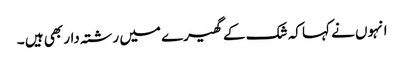
انہوں نے کہا کہ شک کے گھیرے میں رشتہ دار بھی ہیں ۔